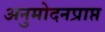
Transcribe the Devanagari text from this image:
अनुमोदनप्राप्त